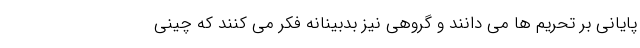
پایانی بر تحریم ها می دانند و گروهی نیز بدبینانه فکر می کنند که چینی